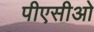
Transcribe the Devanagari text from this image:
पीएसीओ